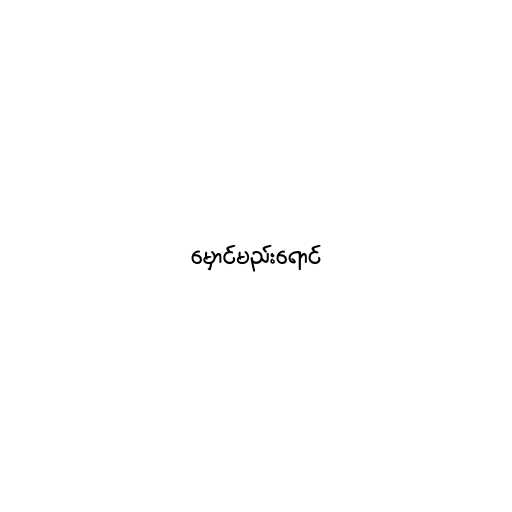
မှောင်မည်းရောင်